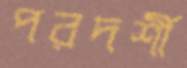
পরদর্শী